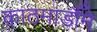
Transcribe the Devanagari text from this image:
काठमाडौँमे